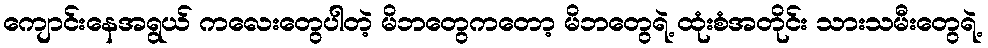
ကျောင်းနေအရွယ် ကလေးတွေပါတဲ့ မိဘတွေကတော့ မိဘတွေရဲ့ ထုံးစံအတိုင်း သားသမီးတွေရဲ့